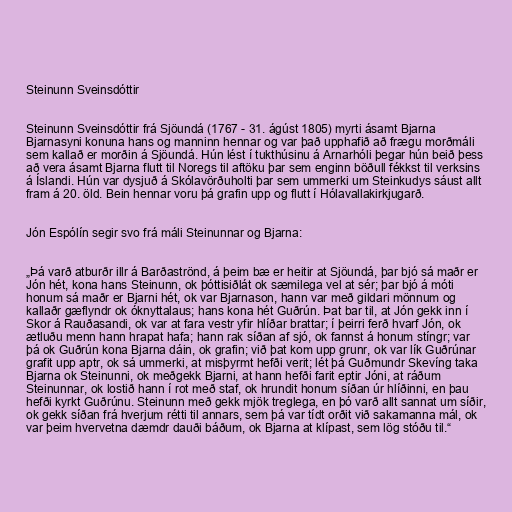
Steinunn Sveinsdóttir

Steinunn Sveinsdóttir frá Sjöundá (1767 - 31. ágúst 1805) myrti ásamt Bjarna
Bjarnasyni konuna hans og manninn hennar og var það upphafið að frægu morðmáli
sem kallað er morðin á Sjöundá. Hún lést í tukthúsinu á Arnarhóli þegar hún beið þess
að vera ásamt Bjarna flutt til Noregs til aftöku þar sem enginn böðull fékkst til verksins
á Íslandi. Hún var dysjuð á Skólavörðuholti þar sem ummerki um Steinkudys sáust allt
fram á 20. öld. Bein hennar voru þá grafin upp og flutt í Hólavallakirkjugarð.

Jón Espólín segir svo frá máli Steinunnar og Bjarna:

„Þá varð atburðr illr á Barðaströnd, á þeim bæ er heitir at Sjöundá, þar bjó sá maðr er
Jón hét, kona hans Steinunn, ok þóttisiðlát ok sæmilega vel at sér; þar bjó á móti
honum sá maðr er Bjarni hét, ok var Bjarnason, hann var með gildari mönnum og
kallaðr gæflyndr ok óknyttalaus; hans kona hét Guðrún. Þat bar til, at Jón gekk inn í
Skor á Rauðasandi, ok var at fara vestr yfir hlíðar brattar; í þeirri ferð hvarf Jón, ok
ætluðu menn hann hrapat hafa; hann rak síðan af sjó, ok fannst á honum stíngr; var
þá ok Guðrún kona Bjarna dáin, ok grafin; við þat kom upp grunr, ok var lík Guðrúnar
grafit upp aptr, ok sá ummerki, at misþyrmt hefði verit; lét þá Guðmundr Skevíng taka
Bjarna ok Steinunni, ok meðgekk Bjarni, at hann hefði farit eptir Jóni, at ráðum
Steinunnar, ok lostið hann í rot með staf, ok hrundit honum síðan úr hlíðinni, en þau
hefði kyrkt Guðrúnu. Steinunn með gekk mjök treglega, en þó varð allt sannat um síðir,
ok gekk síðan frá hverjum rétti til annars, sem þá var tídt orðit við sakamanna mál, ok
var þeim hvervetna dæmdr dauði báðum, ok Bjarna at klípast, sem lög stóðu til.“